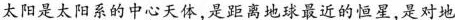
太阳是太阳系的中心天体，是距离地球最近的恒星，是对地